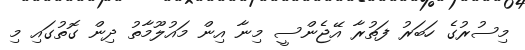
މިސުރުގެ ހަބަރު ފަތުރާ އޭޖެންސީ މިނާ އިން މައުލޫމާތު ދިން ގޮތުގައި މި